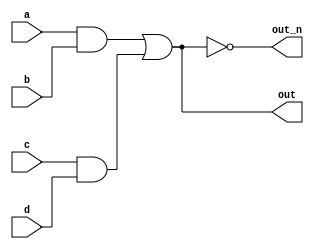
`default_nettype none
module top_module(
    input a,
    input b,
    input c,
    input d,
    output out,
    output out_n   ); 
    
    wire out_and_one;
    wire out_and_two;
    
    assign out_and_one = a & b;
    assign out_and_two = c & d;
    assign out = out_and_one || out_and_two;
    assign out_n = !out;

endmodule